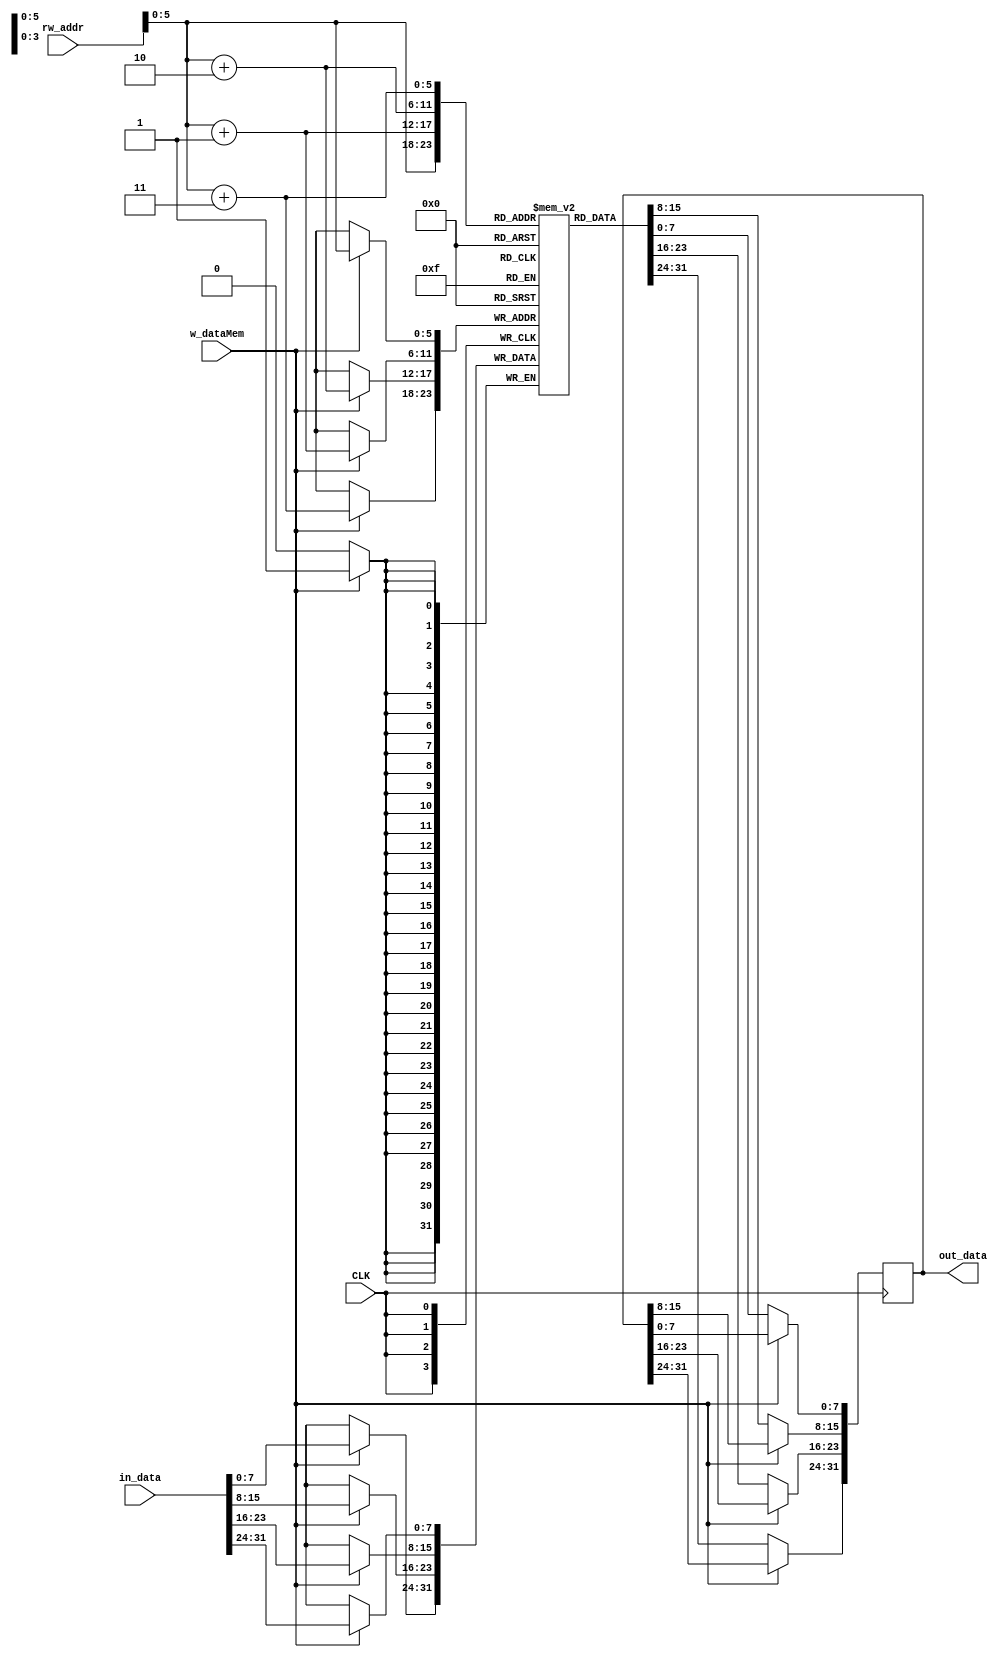
`timescale 1ns / 1ps
// moduleName: 
// fileName: 
// Here is a module :  
// fuction : 
//	
module DM(
  input CLK,
	 	input w_dataMem,            	 // 
  input [31:0] rw_addr,            // 
  input [31:0] in_data,         	 
  output reg [31:0] out_data    	
    );

	// 
  reg [7:0] mem[0:63];
	
	integer i;			
	initial
	 begin
   
		for (i = 0; i < 64; i = i + 1)  mem[i] <= 0;
	 end
	

	always@(negedge CLK)
	 begin
     if (w_dataMem)		//  
		 begin
		  mem[rw_addr] <= in_data[31:24];
			mem[rw_addr + 1] <= in_data[23:16];
			mem[rw_addr + 2] <= in_data[15:8];
			mem[rw_addr + 3] <= in_data[7:0];
		 end
		else							//  
		 begin
		  out_data[31:24] <= mem[rw_addr];
			out_data[23:16] <= mem[rw_addr + 1];
			out_data[15:8] <= mem[rw_addr + 2];
			out_data[7:0] <= mem[rw_addr + 3];
		 end
	 end
	 
endmodule